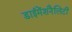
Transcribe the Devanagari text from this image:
डाईमेंशनैलिटी